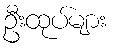
ဦးထုပ်များ